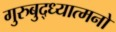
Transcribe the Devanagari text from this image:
गुरुबुद्ध्यात्मनो